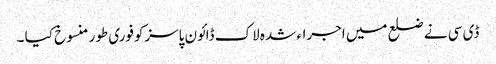
ڈی سی نے ضلع میں اجراء شدہ لاک ڈائون پاسزکوفوری طور منسوخ کیا ۔